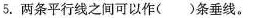
5.两条平行线之间可以作（）条垂线。